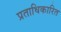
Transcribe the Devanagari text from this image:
प्रताधिकारित